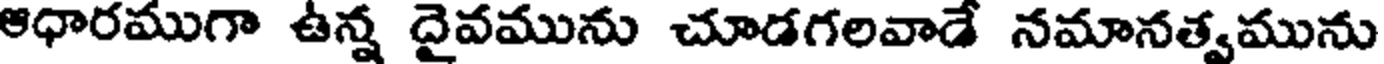
ఆధారముగా ఉన్న దైవమును చూడగలవాడే నమానత్వమును